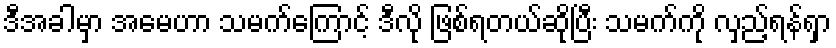
ဒီအခါမှာ အမေဟာ သမက်ကြောင့် ဒီလို ဖြစ်ရတယ်ဆိုပြီး သမက်ကို လှည့်ရန်ရှာ